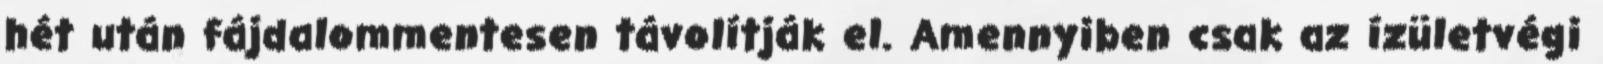
hét után fájdalommentesen távolítják el. Amennyiben csak az ízületvégi